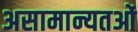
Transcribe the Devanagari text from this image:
असामान्यतओं